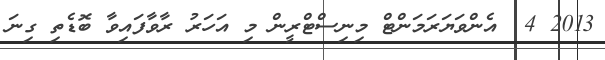
2013 4  އެންވަޔަރަމަންޓް މިނިސްޓްރީން މި އަހަރު ރާވާފައިވާ ބޮޑެތި ގިނަ